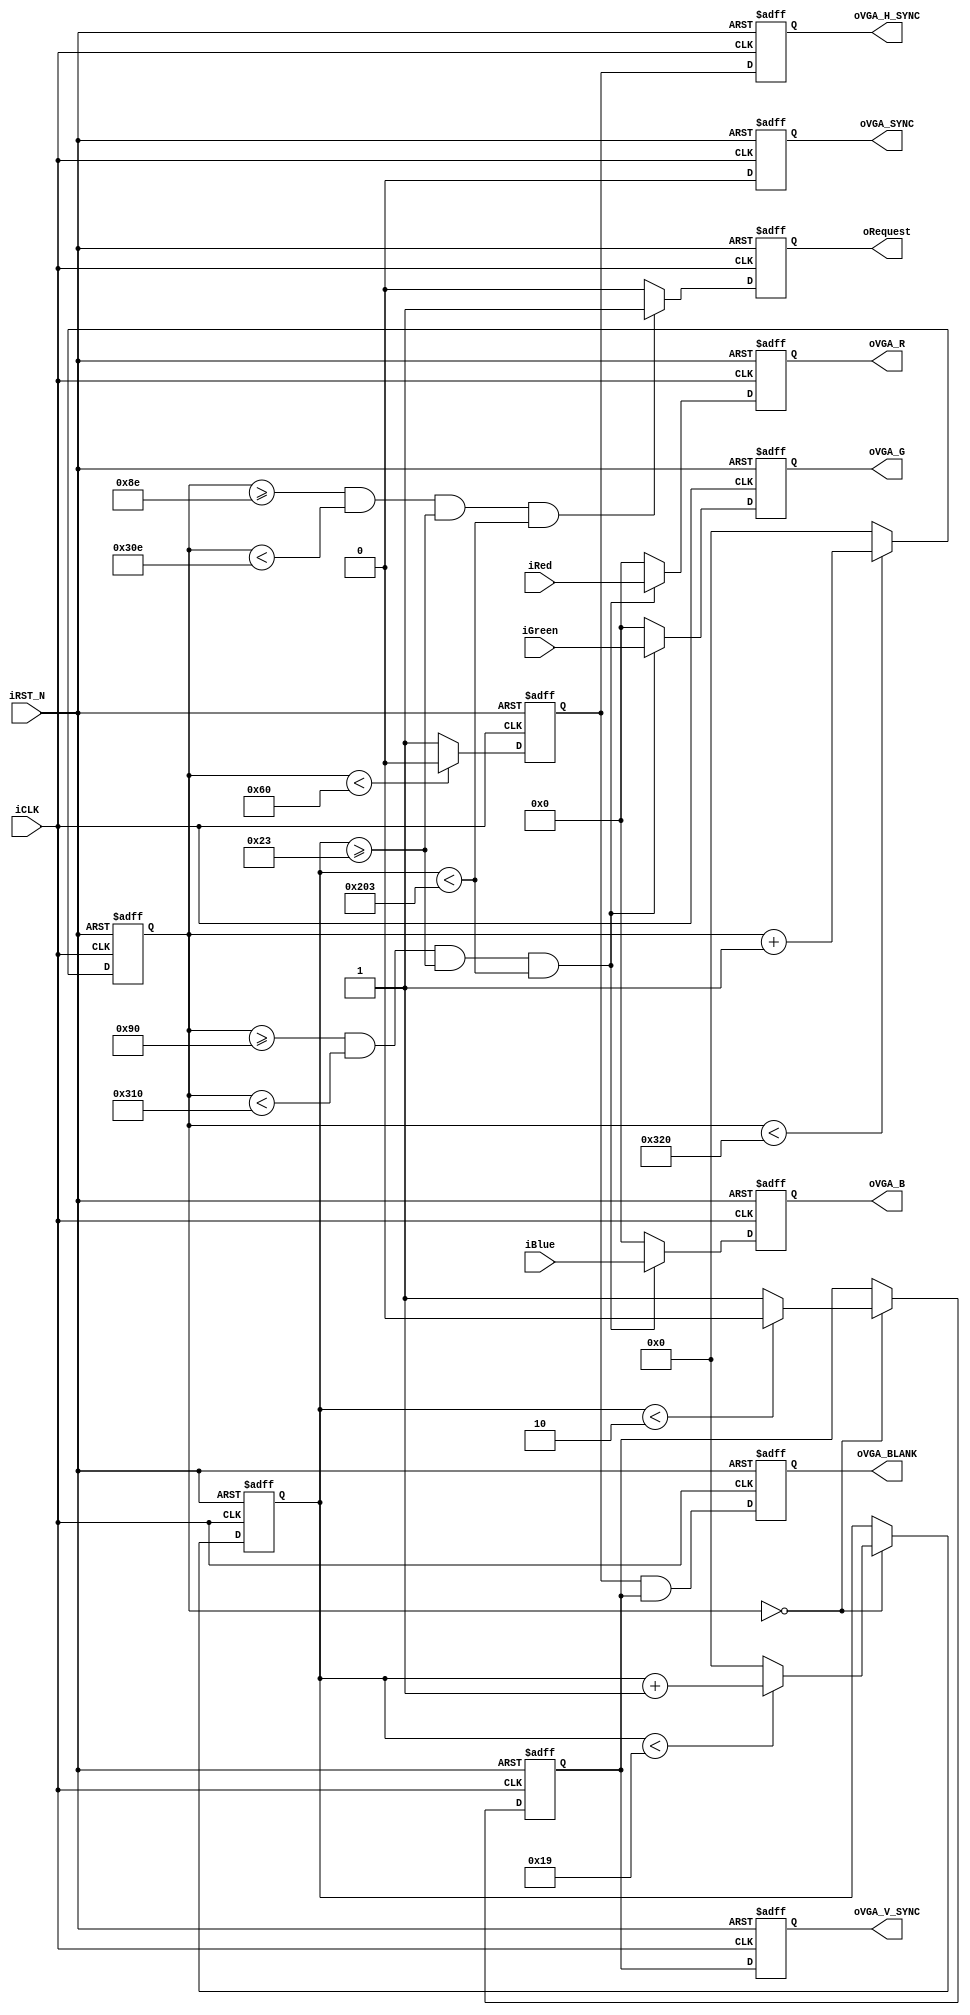
module VGA_Controller(	
	//	Host Side
	input [RGB_DATA_BUS-1:0] iRed,
	input [RGB_DATA_BUS-1:0] iGreen,
	input [RGB_DATA_BUS-1:0] iBlue,
	output reg oRequest,
	//	VGA Side
	output reg [RGB_DATA_BUS-1:0] oVGA_R,
	output reg [RGB_DATA_BUS-1:0] oVGA_G,
	output reg [RGB_DATA_BUS-1:0] oVGA_B,
	output reg oVGA_H_SYNC,
	output reg oVGA_V_SYNC,
	output reg oVGA_SYNC,
	output reg oVGA_BLANK,
	//	Control Signal
	input iCLK,
	input iRST_N
	);

//  RGB data bus
parameter RGB_DATA_BUS = 8;

//	Horizontal Parameter	( Pixel )
parameter H_SYNC_CYC   = 96;
parameter H_SYNC_BACK  = 48;
parameter H_SYNC_ACT   = 640;
parameter H_SYNC_FRONT = 16;
parameter H_SYNC_TOTAL = 800;

//	Vertical Parameter		( Line )
parameter V_SYNC_CYC	  = 2;
parameter V_SYNC_BACK  = 33;
parameter V_SYNC_ACT	  = 480;
parameter V_SYNC_FRONT = 10;
parameter V_SYNC_TOTAL = 25;

//	Start Offset
parameter X_START	= H_SYNC_CYC + H_SYNC_BACK;
parameter Y_START	= V_SYNC_CYC + V_SYNC_BACK;


wire [RGB_DATA_BUS-1:0]	mVGA_R;
wire [RGB_DATA_BUS-1:0]	mVGA_G;
wire [RGB_DATA_BUS-1:0]	mVGA_B;
reg  mVGA_H_SYNC;
reg  mVGA_V_SYNC;
wire mVGA_SYNC;
wire mVGA_BLANK;


//	Internal Registers and Wires
reg  [12:0] H_Cont;
reg  [12:0] V_Cont;

wire [12:0]	v_mask;

assign v_mask = 13'd0 ;//iZOOM_MODE_SW ? 13'd0 : 13'd26;

////////////////////////////////////////////////////////

	assign	mVGA_BLANK	=	mVGA_H_SYNC & mVGA_V_SYNC;

	assign	mVGA_SYNC	=	1'b0;

	assign	mVGA_R	=	(	H_Cont>=X_START 	&& H_Cont<X_START+H_SYNC_ACT &&
							V_Cont>=Y_START+v_mask 	&& V_Cont<Y_START+V_SYNC_ACT )
							?	iRed:	8'd0;
	assign	mVGA_G	=	(	H_Cont>=X_START 	&& H_Cont<X_START+H_SYNC_ACT &&
							V_Cont>=Y_START+v_mask 	&& V_Cont<Y_START+V_SYNC_ACT )
							?	iGreen:	8'd0;
	assign	mVGA_B	=	(	H_Cont>=X_START 	&& H_Cont<X_START+H_SYNC_ACT &&
							V_Cont>=Y_START+v_mask 	&& V_Cont<Y_START+V_SYNC_ACT )
							?	iBlue:	8'd0;

	always@(posedge iCLK or negedge iRST_N)
		begin
			if (!iRST_N)
				begin
					oVGA_R      <= 8'd0;
					oVGA_G      <= 8'd0;
					oVGA_B      <= 8'd0;
					oVGA_BLANK  <= 0;
					oVGA_SYNC   <= 0;
					oVGA_H_SYNC <= 0;
					oVGA_V_SYNC <= 0;
				end
			else
				begin
					oVGA_R 		<= mVGA_R;
					oVGA_G 		<= mVGA_G;
					oVGA_B      <= mVGA_B;
					oVGA_BLANK  <= mVGA_BLANK;
					oVGA_SYNC   <= mVGA_SYNC;
					oVGA_H_SYNC <= mVGA_H_SYNC;
					oVGA_V_SYNC <= mVGA_V_SYNC;
				end
		end	
	
	//	Pixel LUT Address Generator
	always@(posedge iCLK or negedge iRST_N)
		begin
			if(!iRST_N)
				oRequest	<=	0;
			else
				begin
					if(	H_Cont>=X_START-2 && H_Cont<X_START+H_SYNC_ACT-2 &&
						V_Cont>=Y_START && V_Cont<Y_START+V_SYNC_ACT )
						oRequest	<=	1;
					else
						oRequest	<=	0;
				end
		end

	//	H_Sync Generator, Ref. 40 MHz Clock
	always@(posedge iCLK or negedge iRST_N)
		begin
			if(!iRST_N)
				begin
					H_Cont		<=	0;
					mVGA_H_SYNC	<=	0;
				end
			else
			begin
				//	H_Sync Counter
				if( H_Cont < H_SYNC_TOTAL )
					H_Cont	<=	H_Cont + 13'd1;
				else
					H_Cont	<=	0;
				//	H_Sync Generator
				if( H_Cont < H_SYNC_CYC )
					mVGA_H_SYNC	<=	0;
				else
					mVGA_H_SYNC	<=	1;
			end
		end

	//	V_Sync Generator, Ref. H_Sync
	always@(posedge iCLK or negedge iRST_N)
		begin
			if(!iRST_N)
				begin
					V_Cont		<=	0;
					mVGA_V_SYNC	<=	0;
				end
			else
				begin
					//	When H_Sync Re-start
					if(H_Cont == 0)
						begin
							//	V_Sync Counter
							if( V_Cont < V_SYNC_TOTAL )
								V_Cont	<=	V_Cont + 13'd1;
							else
								V_Cont	<=	13'd0;
							//	V_Sync Generator
							if(	V_Cont < V_SYNC_CYC )
								mVGA_V_SYNC	<=	0;
							else
								mVGA_V_SYNC	<=	1;
						end
				end
		end

endmodule